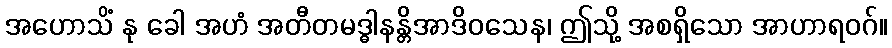
အဟောသိံ နု ခေါ အဟံ အတီတမဒ္ဓါနန္တိအာဒိဝသေန၊ ဤသို့ အစရှိသော အာဟာရဝဂ်။